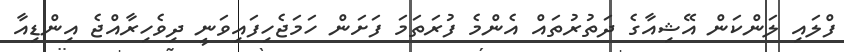
ފްލައި ލަންކަން އޭޝިއާގެ ދަތުރުތައް އެންމެ ފުރަތަމަ ފަށަން ހަމަޖެހިފައިވަނީ ދިވެހިރާއްޖެ އިންޑިއާ